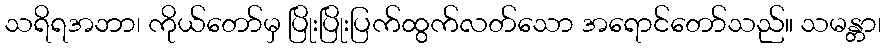
သရိရအဘာ၊ ကိုယ်တော်မှ ပြိုးပြိုးပြက်ထွက်လတ်သော အရောင်တော်သည်။ သမန္တာ၊